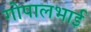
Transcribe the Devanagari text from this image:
गोपालभाई